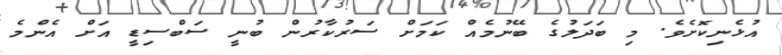
އުޅެނިކޮށެވެ. މި ބަދަލުގެ ބޭނުމެއް ކަމަށް ސަރުކާރުން ބުނީ ސަބްސިޑީ އަށް އެންމެ